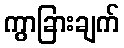
ကွာခြားချက်